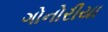
ગોનોરીયા